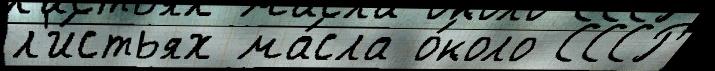
л'и́стьях ма́сла о́коло СССР